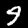
Label: 9